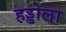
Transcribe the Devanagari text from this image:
हड्डोला